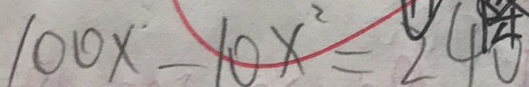
1 0 0 x - 1 0 x ^ { 2 } = 2 4 0